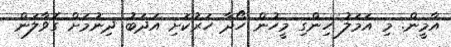
އާމީން. މި އަމަލު ހިންގި މީހުން ހޯދާ ހަރުކަށި އަދަބު ދިނުމަށް ގޮވާލަން